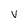
Character: V